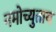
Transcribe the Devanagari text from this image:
नमोच्युताय